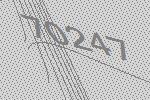
70247